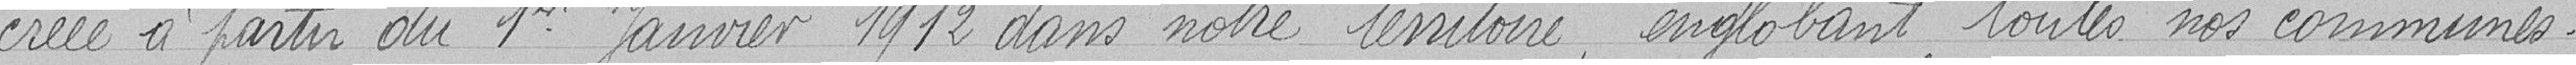
créée à partir du 1er janvier 1912 dans notre territoire englobant toutes nos communes.